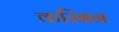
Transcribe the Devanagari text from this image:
करिबन